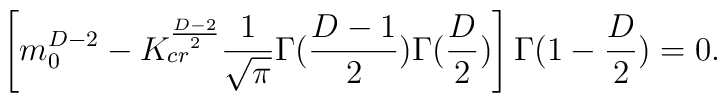
\left[ m_{0}^{D-2}-K_{cr}^{\frac{D-2}{2}}\frac{1}{\sqrt{\pi}}  \Gamma(\frac{D-1}{2})\Gamma(\frac{D}{2})\right]  \Gamma(1-\frac{D}{2})=0.